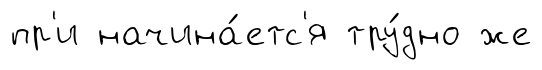
пр'и начина́етс'я тру́дно же